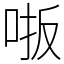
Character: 𫩾